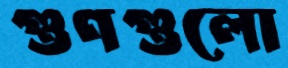
গুণগুলো